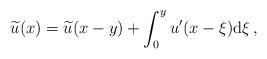
LaTeX: \begin{align*}\widetilde{u}(x)=\widetilde{u}(x-y)+\int_0^yu'(x-\xi)\mathrm{d}\xi\,,\end{align*}